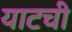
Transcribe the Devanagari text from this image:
याटची